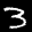
Label: 3